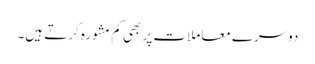
دوسرے معاملات پر بھی کم مشورہ کرتے ہیں۔